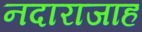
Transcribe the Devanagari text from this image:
नदाराजाह